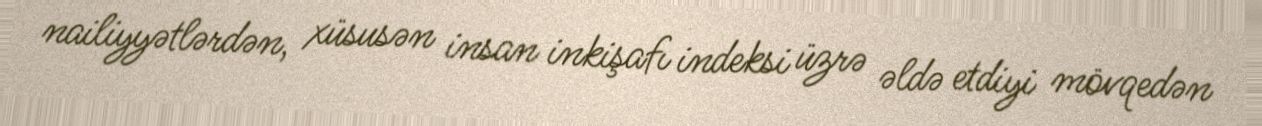
nailiyyətlərdən, xüsusən insan inkişafı indeksi üzrə əldə etdiyi mövqedən